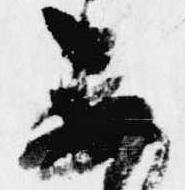
不